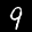
Label: 9